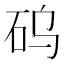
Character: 𱳳